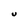
Character: U